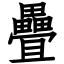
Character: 疊